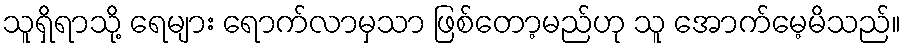
သူရှိရာသို့ ရေများ ရောက်လာမှသာ ဖြစ်တော့မည်ဟု သူ အောက်မေ့မိသည်။